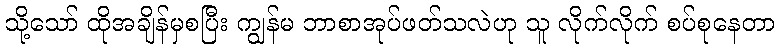
သို့သော် ထိုအချိန်မှစပြီး ကျွန်မ ဘာစာအုပ်ဖတ်သလဲဟု သူ လိုက်လိုက် စပ်စုနေတာ